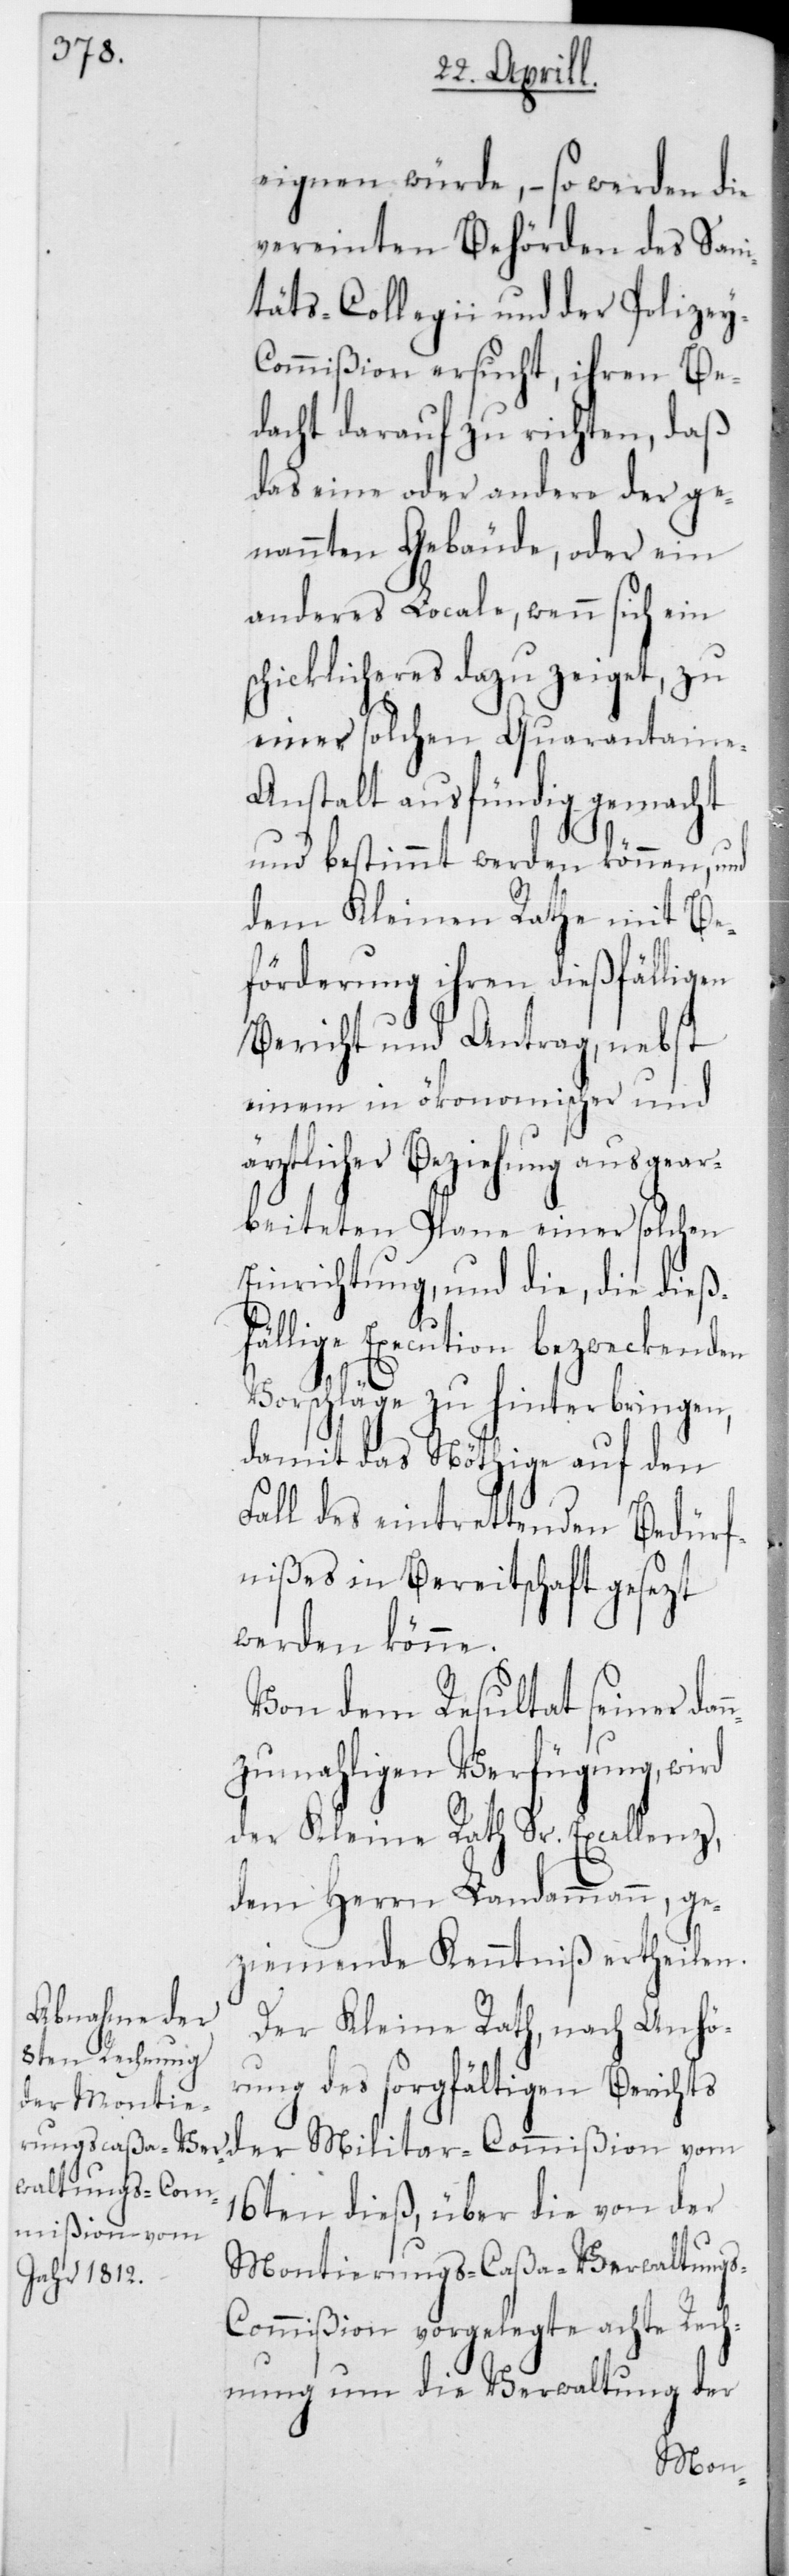
eignen würde, – so werden die
vereinten Behörden des Sani¬
täts-Collegii und der Polizey-C¬
ommißion ersucht, ihren Be¬
dacht darauf zu richten, daß
das eine oder andere der ge¬
nannten Gebäude, oder ein
anderes Locale, wenn sich ein
schicklicheres dazu zeiget, zu
einer solchen Quarantaine-A¬
nstalt ausfündig gemacht
und bestimmt werden können, und
dem Kleinen Rathe mit Be¬
förderung ihren dießfällig¬
Bericht und Antrag, nebst
einem in ökonomischer und
ärztlicher Beziehung ausgear¬
beiteten Plane einer solchen
Einrichtung, und die, die dießf¬
ällige Execution bezweckenden
Vorschläge zu hinterbringen,
damit das Nöthige auf den
Fall des eintrettenden Bedürf¬
nißes in Bereitschaft gesezt
werden könne.
Von dem Resultat seiner dan¬
nzumahligen Verfügung, wird
der Kleine Rath Sr. Excellenz,
dem Herrn Landammann, ge¬
ziemende Kenntniß ertheilen.
Der Kleine Rath, nach Anhö¬
rung des sorgfältigen Berichts
der Militar-Commißion vom
16ten dieß, über die von der
Montierungs-Caßa-Verwaltung¬
s-Commißion vorgelegte achte Rech¬
nung um die Verwaltung der
en